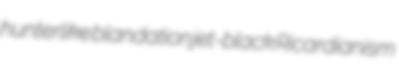
hunterlike blandation jet-black Ricardianism